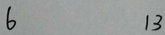
6 1 3